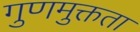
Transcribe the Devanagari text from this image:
गुणमुक्तता